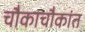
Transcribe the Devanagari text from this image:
चौकाचौकांत